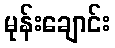
မုန်းချောင်း